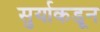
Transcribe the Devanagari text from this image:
सुर्याकडून